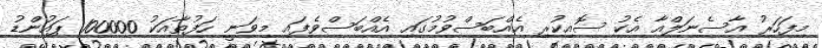
މިފަހަރު އާސެނަލްއާ އެކު ސޮއިކުރި އެއްބަސްވުމުގައި އެއްބަސްވެފައި މިވަނީ ހަފުތާއަކު 100000 ޕައުންޑު